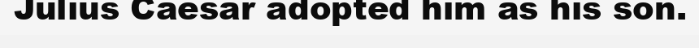
Julius Caesar adopted him as his son.